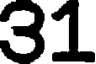
31